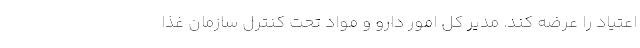
اعتیاد را عرضه کند. مدیر کل امور دارو و مواد تحت کنترل سازمان غذا